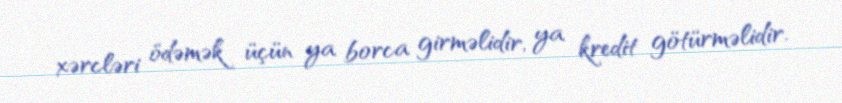
xərcləri ödəmək üçün ya borca girməlidir, ya kredit götürməlidir.